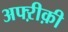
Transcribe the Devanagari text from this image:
अफ्ऱीक़ी